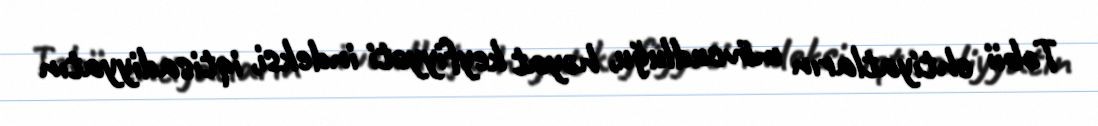
Təbii ehtiyatların mövcudluğu, həyat keyfiyyəti indeksi, iqtisadiyyatın